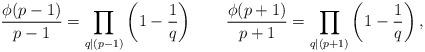
LaTeX: \begin{align*}\frac{\phi(p-1)}{p-1} = \prod_{q|(p-1)} \left( 1 - \frac{1}{q} \right)\qquad\frac{\phi(p+1)}{p+1} = \prod_{q|(p+1)} \left( 1 - \frac{1}{q} \right),\end{align*}